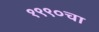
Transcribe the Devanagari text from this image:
१९९०चा